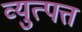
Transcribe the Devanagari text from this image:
व्युत्पत्त